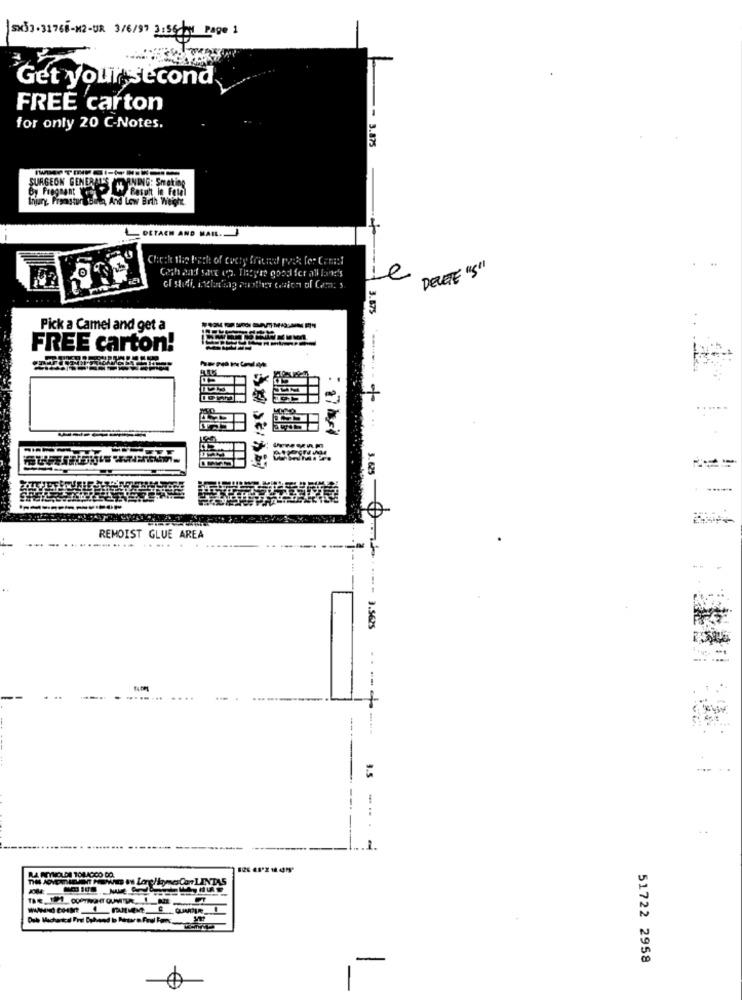
5X33. 31768-12-UR 3/6/97 3:56 by Page 1
Get your second
FREE carton
for only 20 C-Notes.
3.875
SURGEON GENERAL'S
YNING: Smeting
Injury, Framsturbato, And Low Birth Weight
DETACH AND MAIL.
Coth and save op. Theyeat good for all land's
e
DELETE "5"
3.875
Pick a Camel and get a
FREE carton!
.625
REMOIST GLUE AREA
-..... ......
-- 3.5625
----
--
3.5
51722 2958